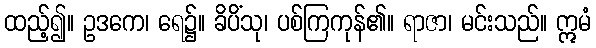
ထည့်၍။ ဥဒကေ၊ ရေ၌။ ခိပိံသု၊ ပစ်ကြကုန်၏။ ရာဇာ၊ မင်းသည်။ ဣမံ